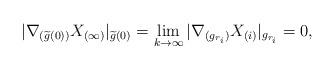
LaTeX: \begin{align*}|\nabla_{(\widetilde g(0))}X_{(\infty)}|_{ \widetilde g(0)} =\lim_{k\rightarrow\infty}|\nabla_{(g_{r_i})}X_{(i)}|_{g_{r_i}}=0,\end{align*}